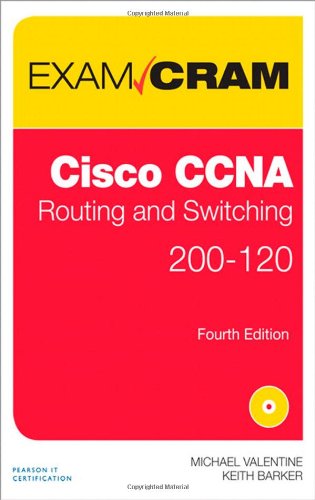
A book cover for CCNA Routing and Switching 200-120 Exam Cram (4th Edition); Michael Valentine; Computers & Technology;